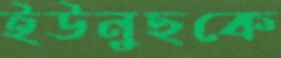
ইউনুছকে